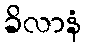
ခိလာနံ